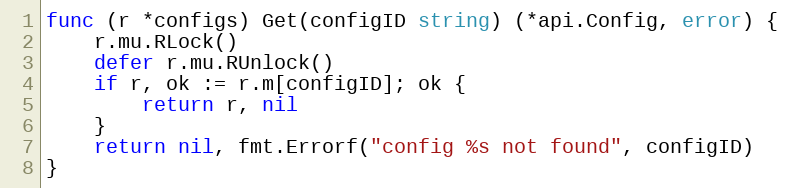
Language: Go
func (r *configs) Get(configID string) (*api.Config, error) {
	r.mu.RLock()
	defer r.mu.RUnlock()
	if r, ok := r.m[configID]; ok {
		return r, nil
	}
	return nil, fmt.Errorf("config %s not found", configID)
}